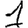
Digit: 1